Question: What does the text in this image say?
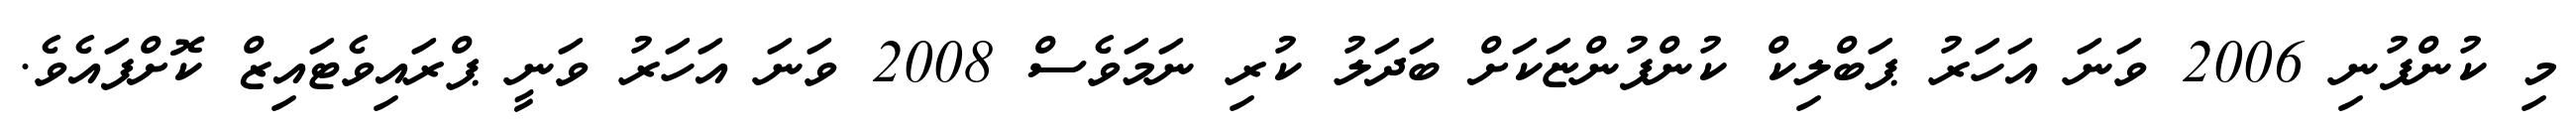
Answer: މި ކުންފުނި 2006 ވަނަ އަހަރު ޕަބްލިކް ކުންފުންޏަކަށް ބަދަލު ކުރި ނަމަވެސް 2008 ވަނަ އަހަރު ވަނީ ޕްރައިވެޓައިޒް ކޮށްފައެވެ.